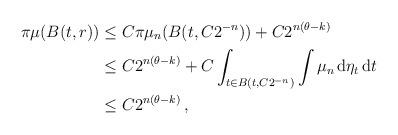
LaTeX: \begin{align*}\pi\mu(B(t,r))&\le C\pi\mu_n(B(t,C 2^{-n}))+C 2^{n(\theta-k)}\\&\le C 2^{n(\theta-k)}+C\int_{t\in B(t,C 2^{-n})}\int\mu_n\,\mathrm{d}\eta_t\,\mathrm{d}t\\&\le C 2^{n(\theta-k)}\,,\end{align*}